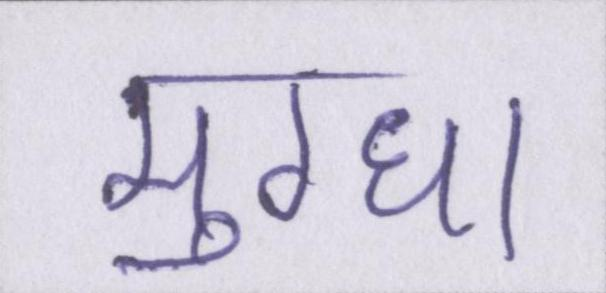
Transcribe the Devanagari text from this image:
मुग्धा